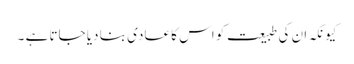
کیونکہ ان کی طبیعت کو اس کا عادی بنا دیا جاتا ہے ۔